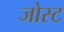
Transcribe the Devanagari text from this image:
जोस्ट